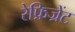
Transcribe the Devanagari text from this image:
रेफ्रिज्रेंट